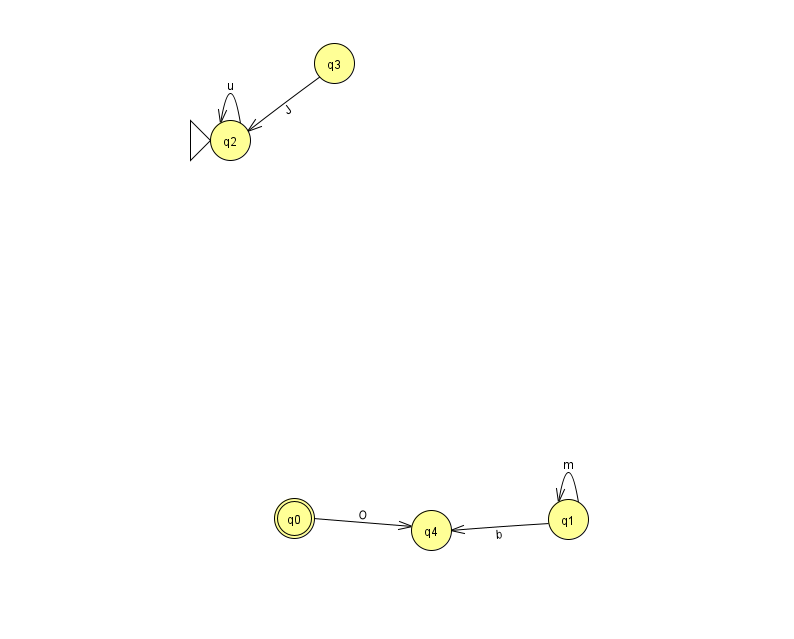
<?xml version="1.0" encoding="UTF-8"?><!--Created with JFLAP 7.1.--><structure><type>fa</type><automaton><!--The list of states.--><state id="0" name="q0"><x>294.0</x><y>505.0</y><final/></state><state id="1" name="q1"><x>568.0</x><y>506.0</y></state><state id="2" name="q2"><x>230.0</x><y>127.0</y><initial/></state><state id="3" name="q3"><x>334.0</x><y>50.0</y></state><state id="4" name="q4"><x>431.0</x><y>517.0</y></state><!--The list of transitions.--><transition><from>3</from><to>2</to><read>J</read></transition><transition><from>0</from><to>4</to><read>O</read></transition><transition><from>2</from><to>2</to><read>u</read></transition><transition><from>1</from><to>4</to><read>b</read></transition><transition><from>1</from><to>1</to><read>m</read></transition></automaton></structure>